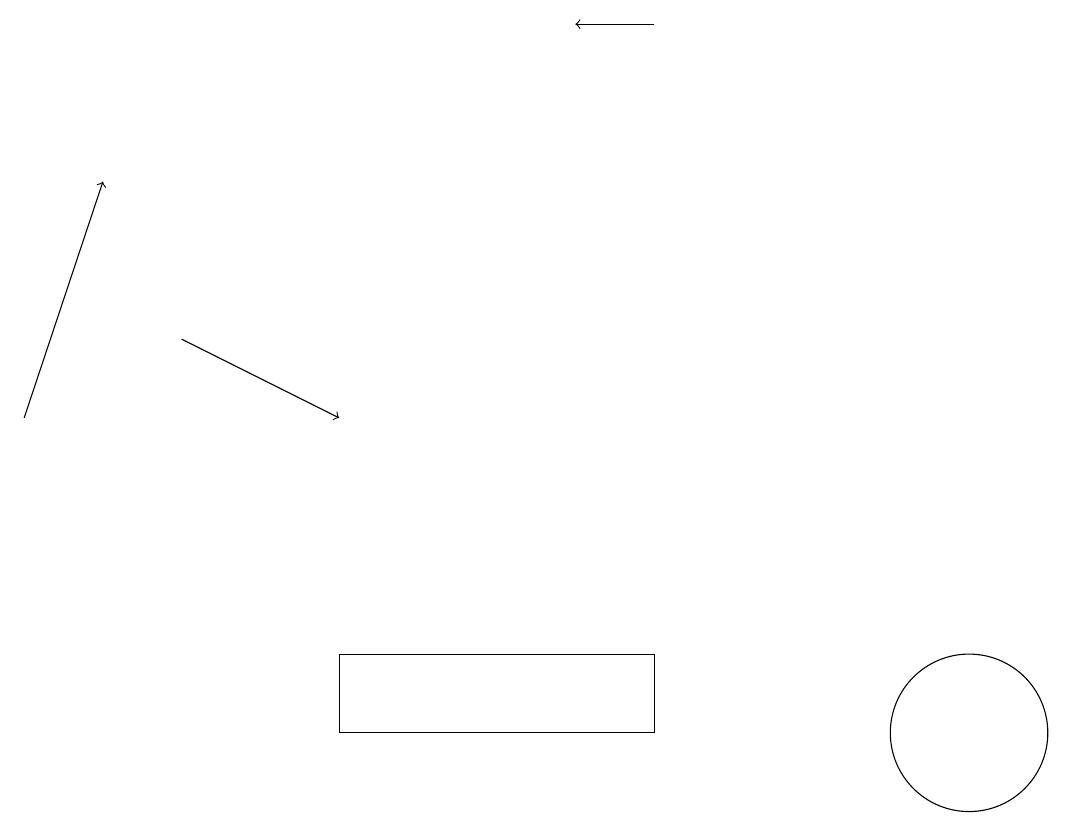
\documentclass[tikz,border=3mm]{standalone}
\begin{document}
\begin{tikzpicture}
\draw[->] (0,14) -- (1,17);
\draw (12,10) circle (1);
\draw[->] (8,19) -- (7,19);
\draw[->] (2,15) -- (4,14);
\draw (4,11) rectangle (8,10);
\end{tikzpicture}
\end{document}